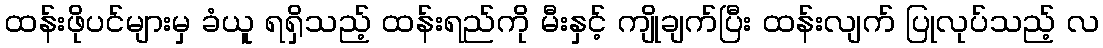
ထန်းဖိုပင်များမှ ခံယူ ရရှိသည့် ထန်းရည်ကို မီးနှင့် ကျိုချက်ပြီး ထန်းလျက် ပြုလုပ်သည့် လ